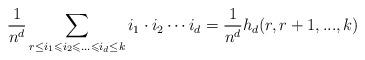
LaTeX: \begin{align*}\frac{1}{n^{d}} \sum \limits_{r \le i_1 \leqslant i_2 \leqslant ... \leqslant i_{d} \le k} i_1 \cdot i_2 \cdots i_d = \frac{1}{n^{d}} h_{d}(r,r+1,...,k) \end{align*}